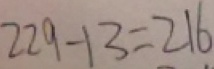
2 2 9 - 1 3 = 2 1 6